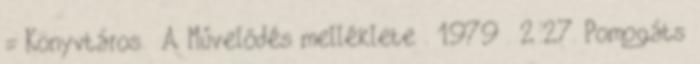
= Könyvtáros. A Művelődés melléklete . 1979 . 2:27. Pomogáts